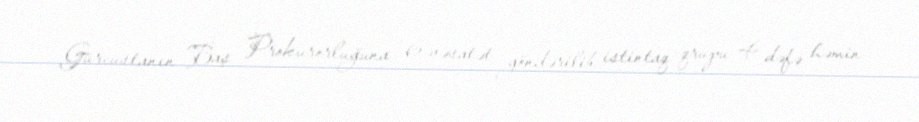
Gürcüstanın Baş Prokurorluğuna 6 vəsatət göndərilib, istintaq qrupu 4 dəfə həmin